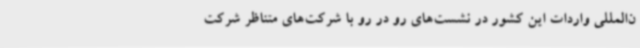
ن‌المللی واردات این کشور در نشست‌های رو در رو با شرکت‌های متناظر شرکت